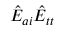
\hat { E } _ { a i } \hat { E } _ { t t }